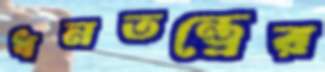
ধনতন্ত্রের